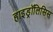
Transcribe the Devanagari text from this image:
हाइड्रॉलिसिस